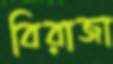
বিরাজা